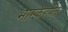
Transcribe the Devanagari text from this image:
भास्करपंत